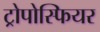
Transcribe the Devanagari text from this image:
ट्रोपोस्फियर